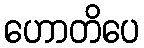
ဟောတိပေ